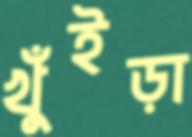
খুঁইড়া